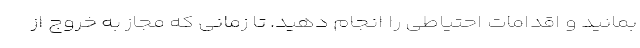
بمانید و اقدامات احتیاطی را انجام دهید. تا زمانی که مجاز به خروج از